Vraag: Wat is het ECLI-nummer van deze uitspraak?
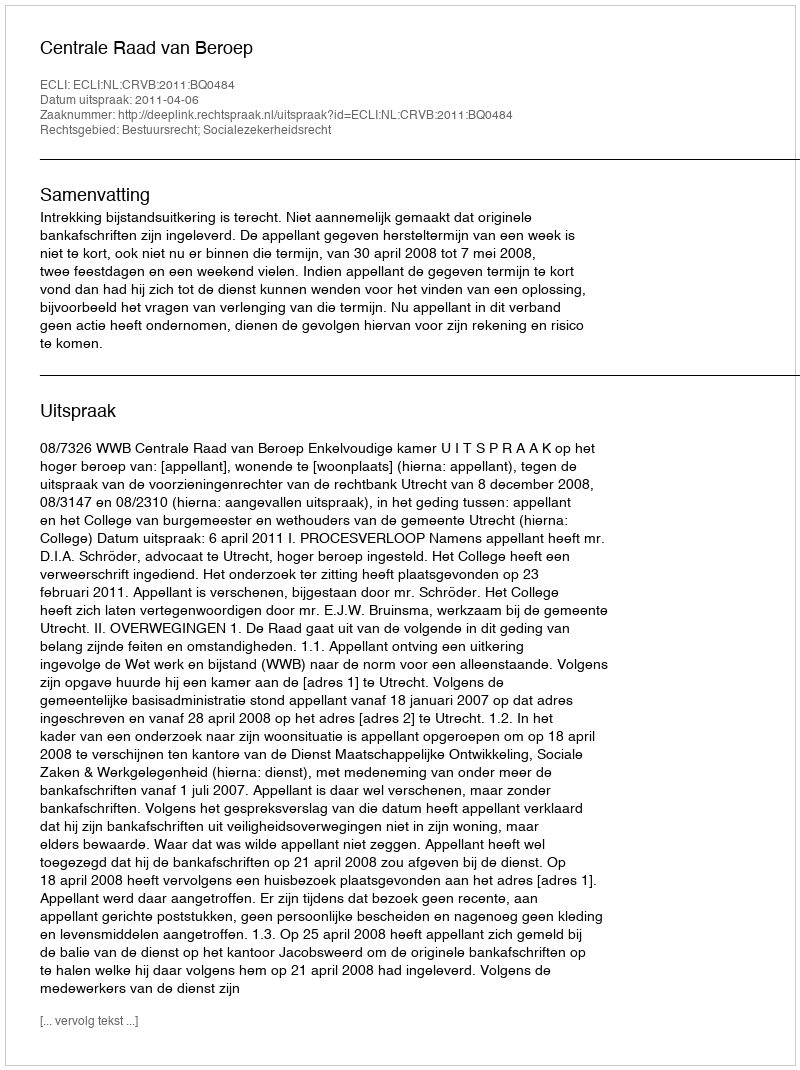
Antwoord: ECLI:NL:CRVB:2011:BQ0484